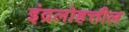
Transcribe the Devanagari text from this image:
इंद्रलोहत्तील